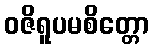
ဝဇိရူပမစိတ္တော